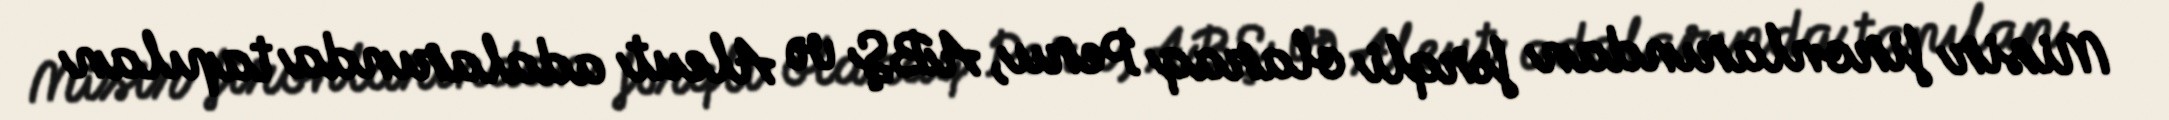
Misir fironlarından fərqli olaraq Peru, ABŞ və Aleut adalarında tapılan